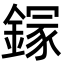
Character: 䥂